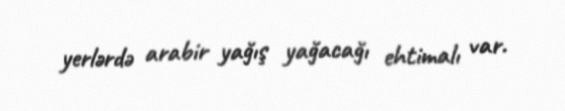
yerlərdə arabir yağış yağacağı ehtimalı var.